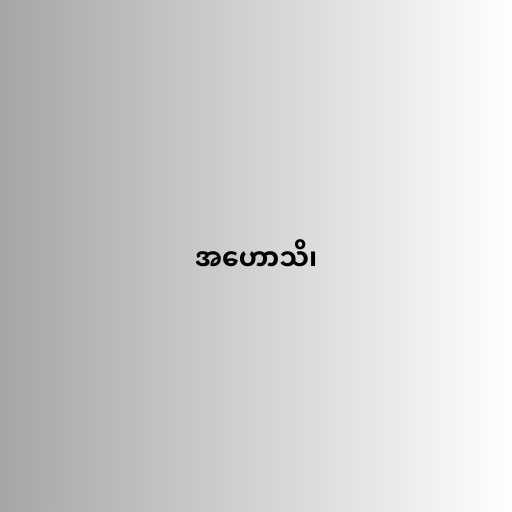
အဟောသိ၊